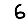
Digit: 6